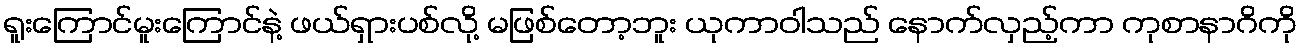
ရူးကြောင်မူးကြောင်နဲ့ ဖယ်ရှားပစ်လို့ မဖြစ်တော့ဘူး ယုကာဝါသည် နောက်လှည့်ကာ ကုစာနာဂိကို